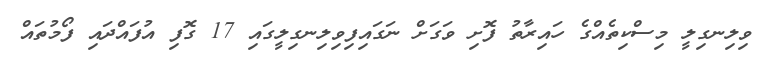
ވިލިނގިލީ މިސްކިތެއްގެ ހައިރާތު ފޮށި ވަގަށް ނަގައިފިވިލިނގިލީގައި 17 ގޮފި އުފައްދައި ފޯމުތައް